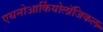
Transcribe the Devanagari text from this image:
एथनोआर्कियोलॉजिकल